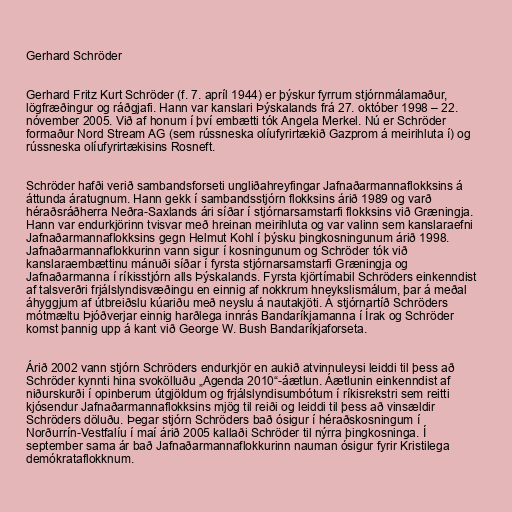
Gerhard Schröder

Gerhard Fritz Kurt Schröder (f. 7. apríl 1944) er þýskur fyrrum stjórnmálamaður,
lögfræðingur og ráðgjafi. Hann var kanslari Þýskalands frá 27. október 1998 – 22.
nóvember 2005. Við af honum í því embætti tók Angela Merkel. Nú er Schröder
formaður Nord Stream AG (sem rússneska olíufyrirtækið Gazprom á meirihluta í) og
rússneska olíufyrirtækisins Rosneft.

Schröder hafði verið sambandsforseti ungliðahreyfingar Jafnaðarmannaflokksins á
áttunda áratugnum. Hann gekk í sambandsstjórn flokksins árið 1989 og varð
héraðsráðherra Neðra-Saxlands ári síðar í stjórnarsamstarfi flokksins við Græningja.
Hann var endurkjörinn tvisvar með hreinan meirihluta og var valinn sem kanslaraefni
Jafnaðarmannaflokksins gegn Helmut Kohl í þýsku þingkosningunum árið 1998.
Jafnaðarmannaflokkurinn vann sigur í kosningunum og Schröder tók við
kanslaraembættinu mánuði síðar í fyrsta stjórnarsamstarfi Græningja og
Jafnaðarmanna í ríkisstjórn alls Þýskalands. Fyrsta kjörtímabil Schröders einkenndist
af talsverðri frjálslyndisvæðingu en einnig af nokkrum hneykslismálum, þar á meðal
áhyggjum af útbreiðslu kúariðu með neyslu á nautakjöti. Á stjórnartíð Schröders
mótmæltu Þjóðverjar einnig harðlega innrás Bandaríkjamanna í Írak og Schröder
komst þannig upp á kant við George W. Bush Bandaríkjaforseta.

Árið 2002 vann stjórn Schröders endurkjör en aukið atvinnuleysi leiddi til þess að
Schröder kynnti hina svokölluðu „Agenda 2010“-áætlun. Áætlunin einkenndist af
niðurskurði í opinberum útgjöldum og frjálslyndisumbótum í ríkisrekstri sem reitti
kjósendur Jafnaðarmannaflokksins mjög til reiði og leiddi til þess að vinsældir
Schröders döluðu. Þegar stjórn Schröders bað ósigur í héraðskosningum í
Norðurrín-Vestfalíu í maí árið 2005 kallaði Schröder til nýrra þingkosninga. Í
september sama ár bað Jafnaðarmannaflokkurinn nauman ósigur fyrir Kristilega
demókrataflokknum.